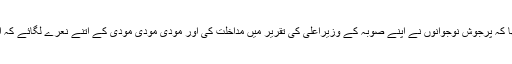
لیکن ہر جگہ وزیراعظم مودی نے دیکھا کہ پرجوش نوجوانوں نے اپنے صوبہ کے وزیراعلیٰ کی تقریر میں مداخلت کی اور مودی مودی مودی کے اتنے نعرے لگائے کہ انہیں تقریر درمیان میں ہی چھوڑنا پڑی۔